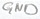
Text: GND